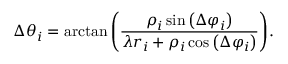
\Delta \theta _ { i } = \arctan { \left( \frac { \rho _ { i } \sin { \left( \Delta \varphi _ { i } \right) } } { \lambda r _ { i } + \rho _ { i } \cos { \left( \Delta \varphi _ { i } \right) } } \right) } .